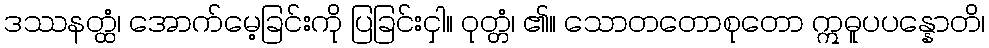
ဒဿနတ္ထံ၊ အောက်မေ့ခြင်းကို ပြခြင်းငှါ။ ဝုတ္တံ၊ ၏။ သောတတောစုတော ဣဓူပပန္နောတိ၊